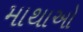
માથાઓ